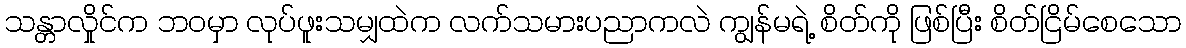
သန္တာလှိုင်က ဘဝမှာ လုပ်ဖူးသမျှထဲက လက်သမားပညာကလဲ ကျွန်မရဲ့ စိတ်ကို ဖြစ်ပြီး စိတ်ငြိမ်စေသော